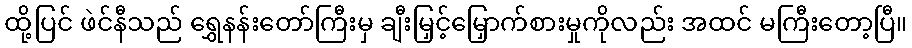
ထို့ပြင် ဖဲင်နီသည် ရွှေနန်းတော်ကြီးမှ ချီးမြှင့်မြှောက်စားမှုကိုလည်း အထင် မကြီးတော့ပြီ။